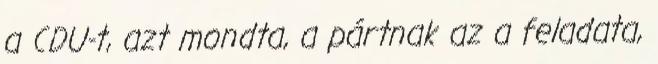
a CDU-t, azt mondta, a pártnak az a feladata,